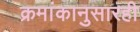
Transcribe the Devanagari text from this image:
क्रमांकानुसारही